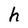
Character: h